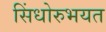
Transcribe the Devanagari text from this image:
सिंधोरुभयत